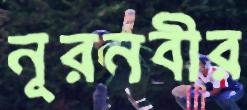
নূরনবীর